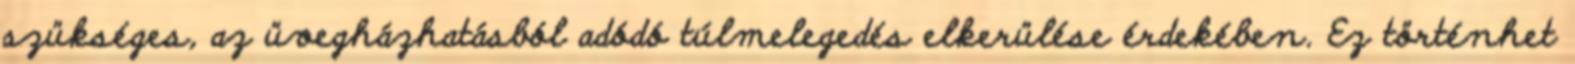
szükséges, az üvegházhatásból adódó túlmelegedés elkerülése érdekében. Ez történhet